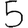
Digit: 5